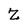
Character: Z